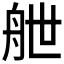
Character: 𮎉